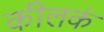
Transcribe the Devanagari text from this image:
कीलकं